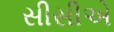
સીસીએ